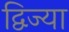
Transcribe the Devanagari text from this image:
द्विज्या